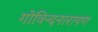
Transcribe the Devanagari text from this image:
गोविन्दनारायण